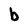
Character: b